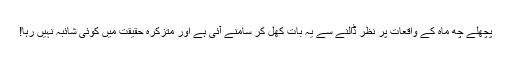
پچھلے چھ ماہ کے واقعات پر نظر ڈالنے سے یہ بات کھل کر سامنے آئی ہے اور متزکرہ حقیقت میں کوئی شائبہ نہیں رہا!